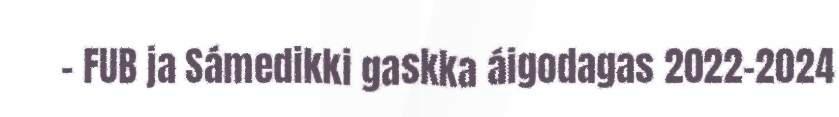
- FUB ja Sámedikki gaskka áigodagas 2022-2024